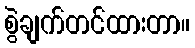
စွဲချက်တင်ထားတာ။